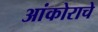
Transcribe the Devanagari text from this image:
आंकोराचे